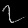
Digit: ၇